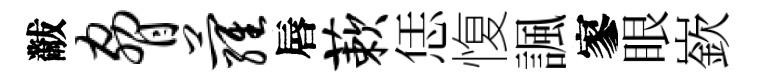
黻胁萝唇蔌恁愎諷寥眼嶔